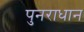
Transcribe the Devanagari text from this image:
पुनराधान